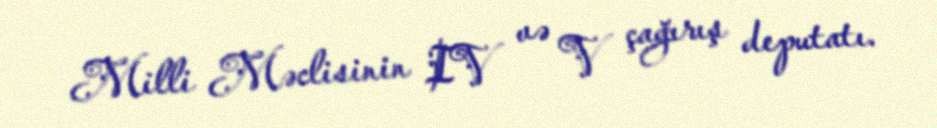
Milli Məclisinin IV və V çağırış deputatı.